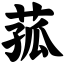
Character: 菰